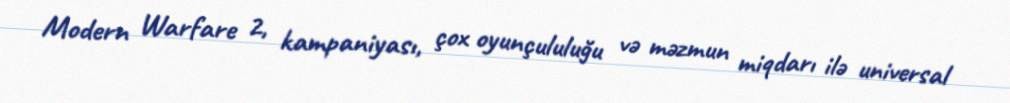
Modern Warfare 2, kampaniyası, çox oyunçululuğu və məzmun miqdarı ilə universal